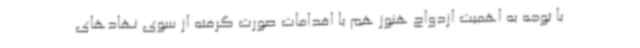
با توجه به اهمیت ازدواج هنوز هم با اقدامات صورت گرفته از سوی نهادهای